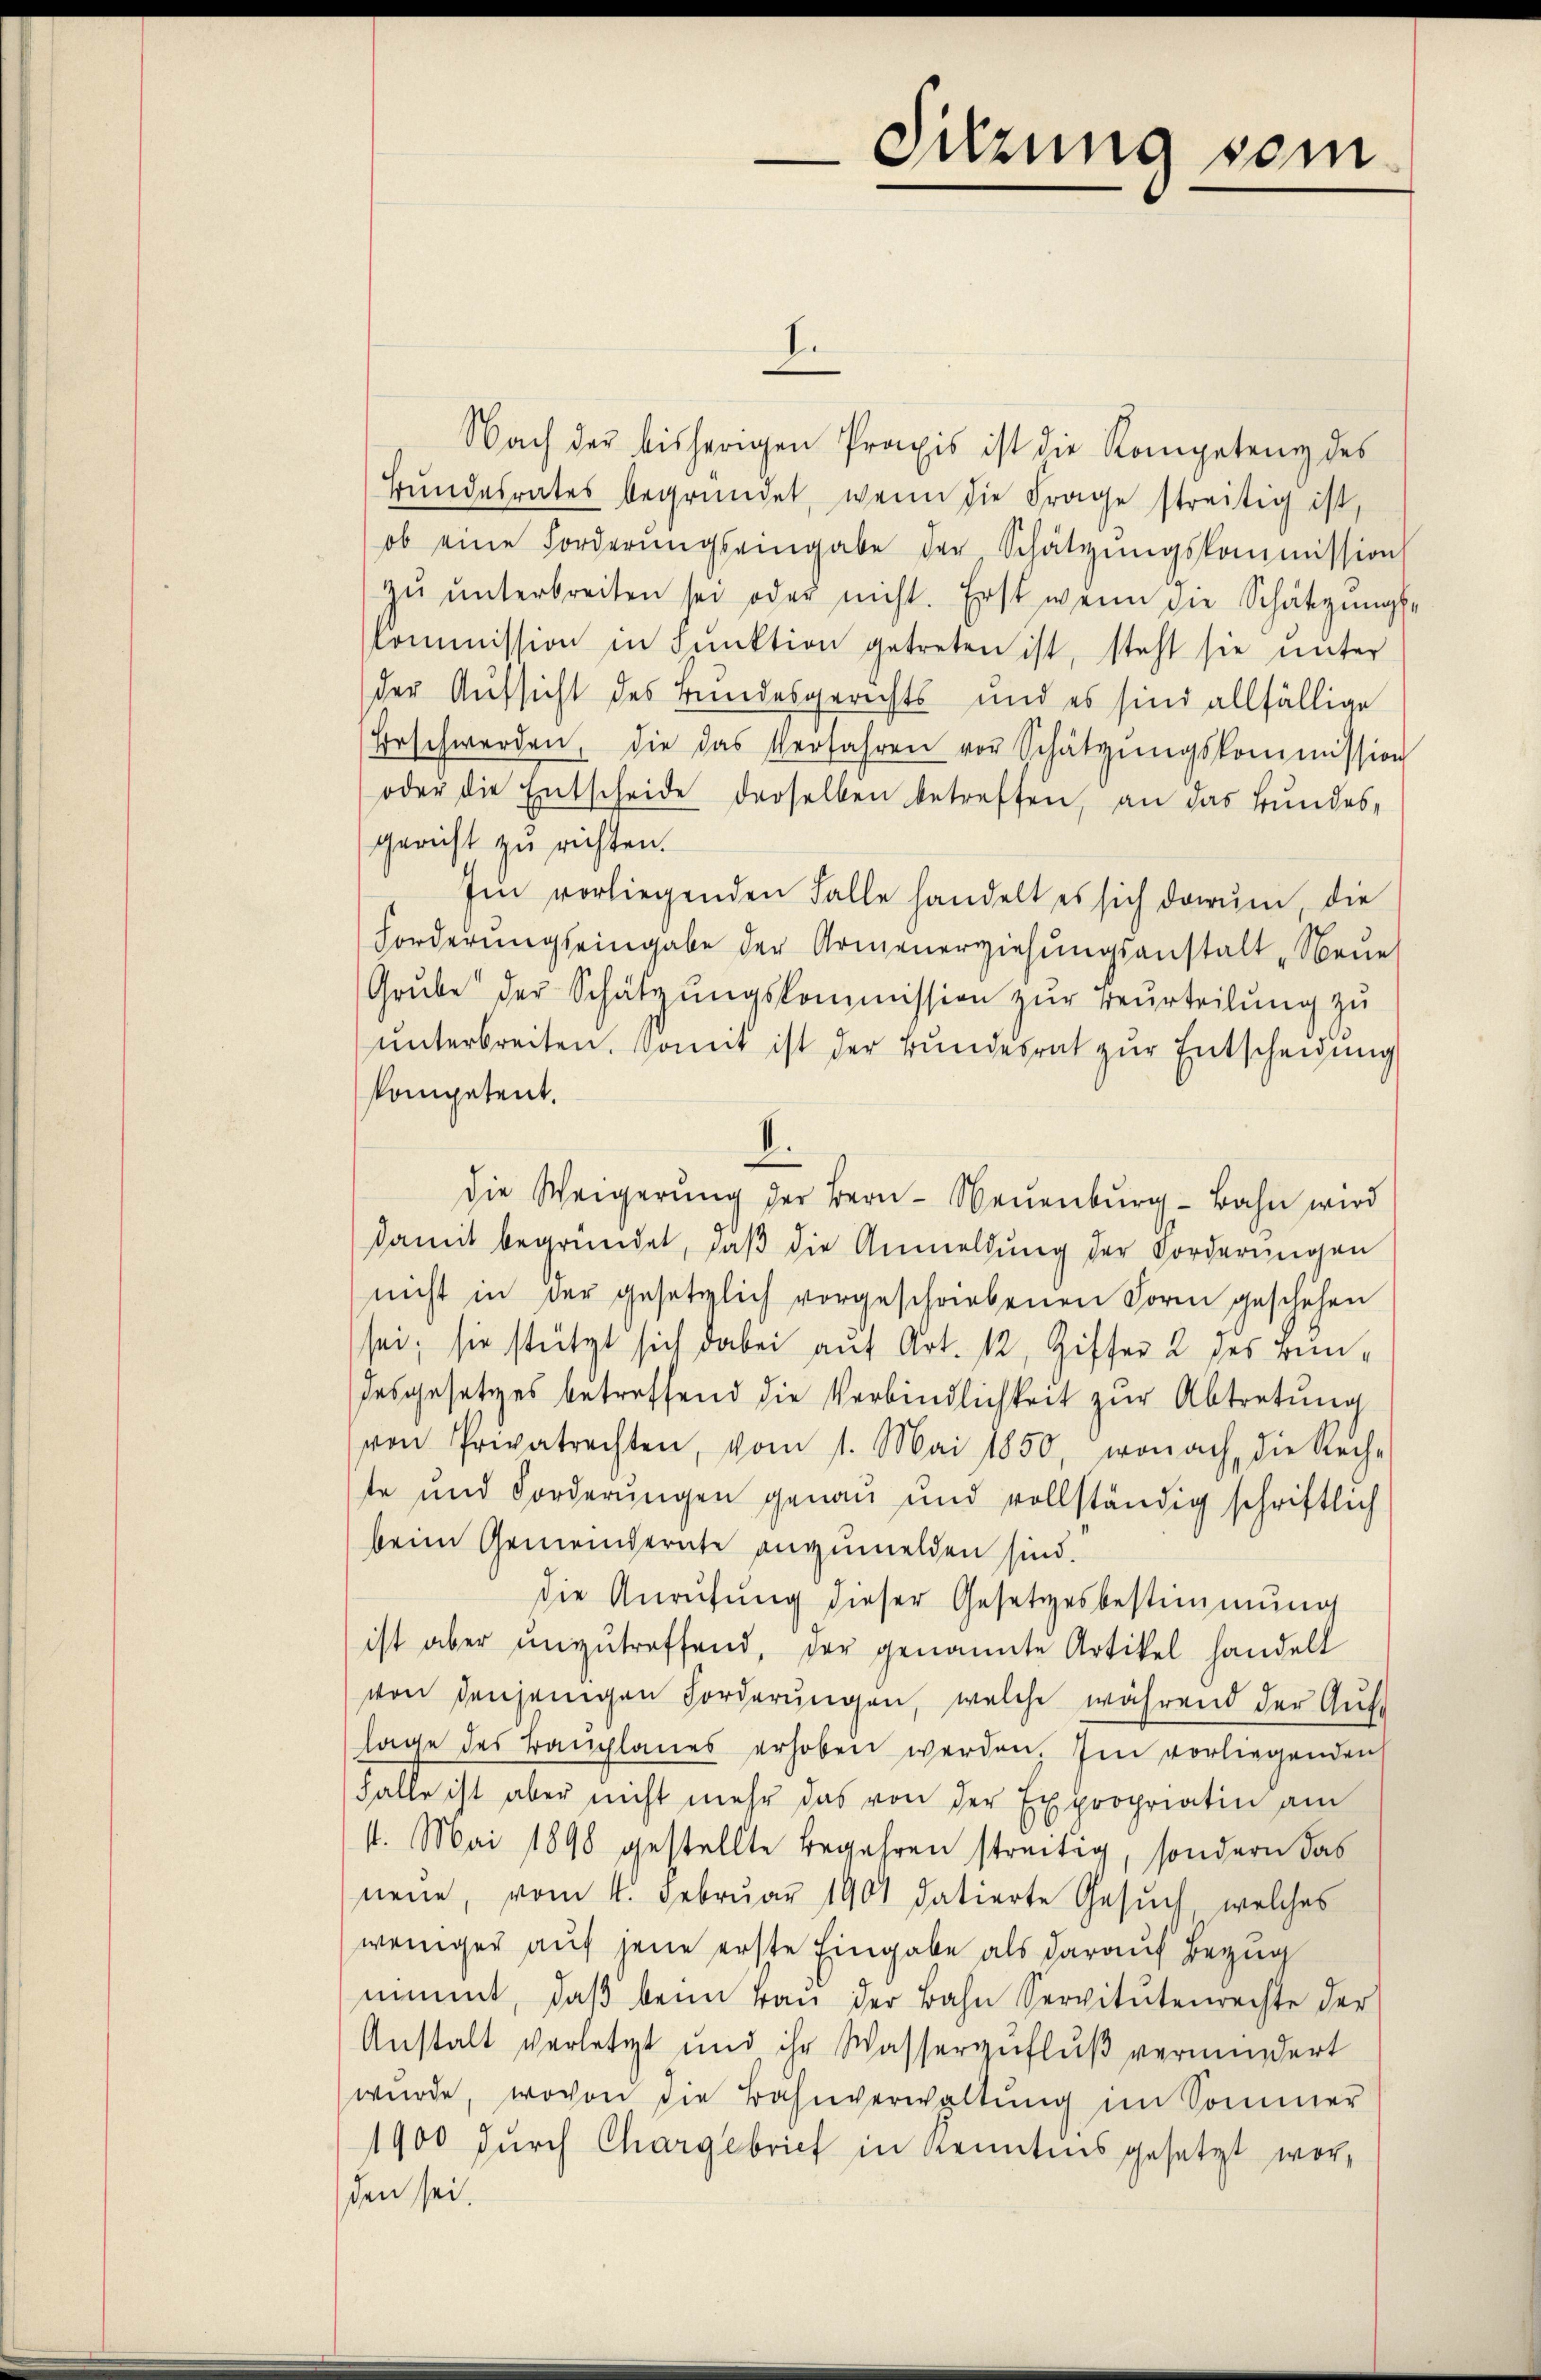
Nach der bisherigen Praxis ist die Kompetenz des
Bŭndesrates begründet, wenn die Frage streitig ist,
ob eine Forderŭngseingabe der Schatzŭngskommission
zŭ ŭnterbreiten sei oder nicht. Erst wenn die Schätzungs-
kommission in Funktion getreten ist, steht sie unter
der Aufsicht des Bundesgerichts und es sind allfällige
Erschwerden, die das Verfahren vor Schatzŭngskommission
oder die Entscheide derselben betreffen, an das Bundes-
gericht zu richten.
Im vorliegenden Falle handelt es sich darŭm, die
Forderungseingabe der Armenerziehungsanstalt „Neue
Grŭbe der Schatzŭngskommission zŭr Beurteilŭng zŭ
ŭnterbreiten. Somit ist der Bŭndesrat zŭr Entscheidung
kompetent.
I.
die Weigerŭng der Bern- Neuenburg-Bahn wird
damit begründet, daß die Anmeldung der Forderungen
nicht in der gesetzlich vorgeschriebenen Form geschehen
sei; sie stützt sich dabei auf Art. 12, Ziffer 2 des Bundesgesetzes betreffend die Verbindlichkeit zur Abtretung
von Privatrechten, vom 1. Mai 1850, wonach die Rech-
te und Forderungen genau und vollständig schriftlich
beim Gemeindernte anzumelden sind.
die Anrufung dieser Gesetzesbestimmung
ist aber unzutreffend, der genannte Artikel handelt
von denjenigen Forderungen, welche während der Auf-
lage des Baŭplanes erhoben werden. Im vorliegenden
Falle ist aber nicht mehr das von der Expropriatin am
st. Mai 1898 gestellte Begehren streitig, sondern das
neue, vom 4. Februar 1901 datierte Gesŭch, welches
weniger auf jene erste Eingabe als darauf Bezug
nimmt, daβ beim kan der Bahn Servitutenrechte der
Anstalt verletzt und ihr Wasserzufluß vermindert
würde, wovon die Bahnverwaltung im Sommer
1900 durch Chargebrief in Kenntnis gesetzt worden sei.

I.

Sitzung sein